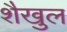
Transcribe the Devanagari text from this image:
शैखुल